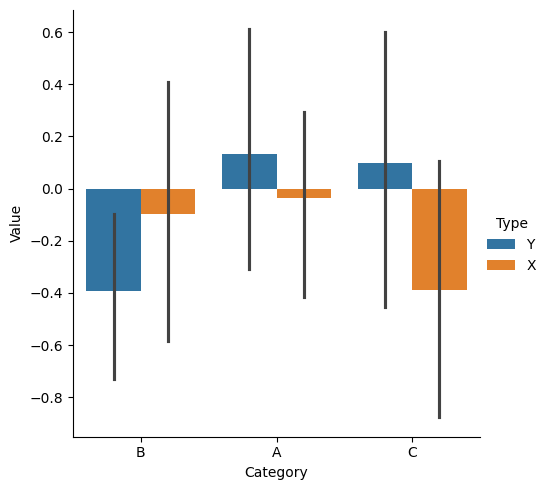
python, seaborn, catplot, kind='bar', height=5, aspect=1